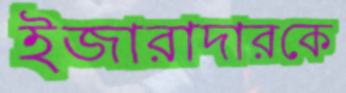
ইজারাদারকে